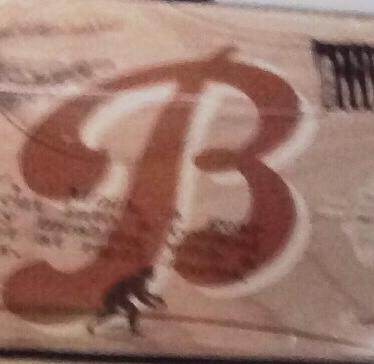
B